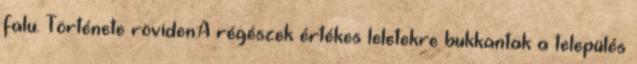
falu. Története röviden:A régészek értékes leletekre bukkantak a település